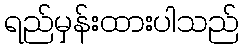
ရည်မှန်းထားပါသည်